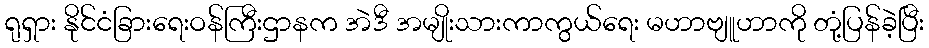
ရုရှား နိုင်ငံခြားရေးဝန်ကြီးဌာနက အဲဒီ အမျိုးသားကာကွယ်ရေး မဟာဗျူဟာကို တုံ့ပြန်ခဲ့ပြီး